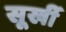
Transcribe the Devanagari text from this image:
सूर्खी